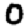
Digit: 0